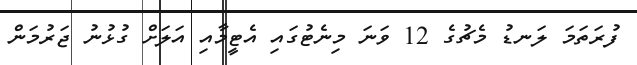
ފުރަތަމަ ލަނޑު މެޗުގެ 12 ވަނަ މިނެޓުގައި އެޓީމާއި އަލަށް ގުޅުނު ޖަރުމަން